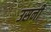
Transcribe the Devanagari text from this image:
उसनी